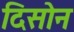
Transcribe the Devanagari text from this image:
दिसोन